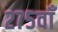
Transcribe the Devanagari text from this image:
२७५वाँ